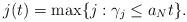
LaTeX: \begin{align*}j(t) = \max\{j: \gamma_j \leq a_N t\}.\end{align*}